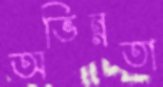
অভিন্নতা